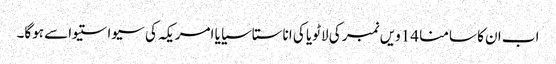
اب ان کا سامنا 14ویں نمبر کی لاٹویا کی اناستاسیایا امریکہ کی سیواستیواسے ہوگا۔